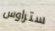
ستراوس